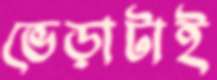
ভেড়াটাই